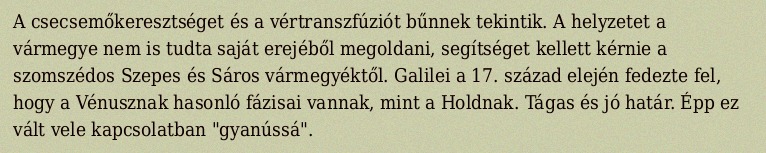
A csecsemőkeresztséget és a vértranszfúziót bűnnek tekintik. A helyzetet a vármegye nem is tudta saját erejéből megoldani, segítséget kellett kérnie a szomszédos Szepes és Sáros vármegyéktől. Galilei a 17. század elején fedezte fel, hogy a Vénusznak hasonló fázisai vannak, mint a Holdnak. Tágas és jó határ. Épp ez vált vele kapcsolatban "gyanússá".